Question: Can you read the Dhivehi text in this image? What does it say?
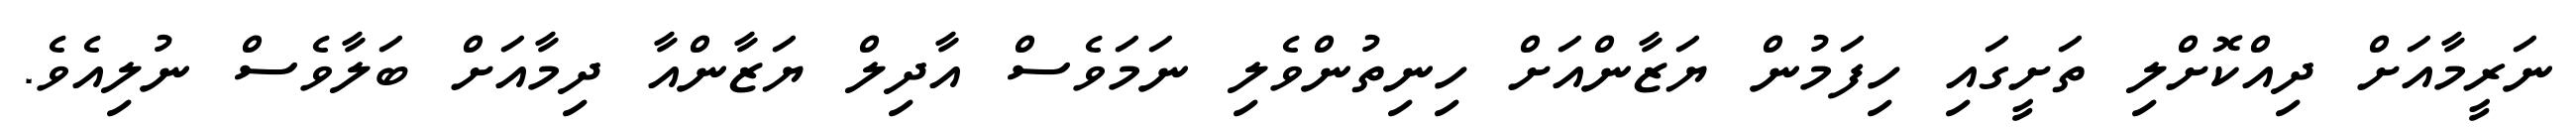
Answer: ނަރީމާއަށް ދިއްކޮށްލި ތަށީގައި ހިފަމުން ޔަޒާންއަށް ހިނިތުންވެލި ނަމަވެސް އާދިލް ޔަޒާންއާ ދިމާއަށް ބަލާވެސް ނުލިއެވެ.